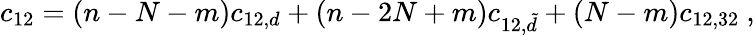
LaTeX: c_{12}=(n-N-m)c_{12,d}+(n-2N+m)c_{12,\tilde{d}}+(N-m)c_{12,32}\ ,